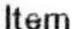
ITEM